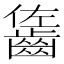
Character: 𪘓